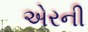
એરની